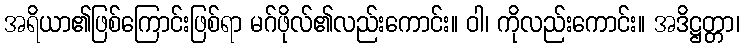
အရိယာ၏ဖြစ်ကြောင်းဖြစ်ရာ မဂ်ဖိုလ်၏လည်းကောင်း။ ဝါ၊ ကိုလည်းကောင်း။ အဒိဋ္ဌတ္တာ၊